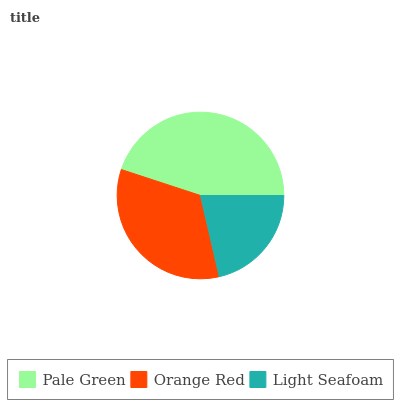
| Pale Green | Orange Red | Light Seafoam |
 | --- | --- | --- |
 | 45% | 33.7% | 21.4% |